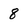
Character: 8